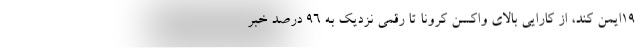
۱۹ایمن کند، از کارایی بالای واکسن کرونا تا رقمی نزدیک به ۹۶ درصد خبر